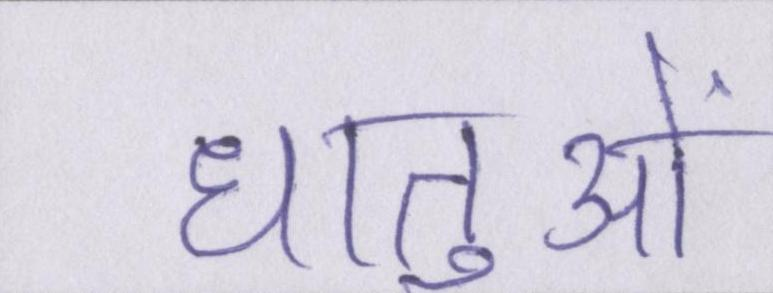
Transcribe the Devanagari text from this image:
धातुओं